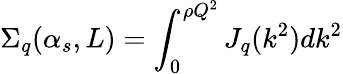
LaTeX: \Sigma_{q}(\alpha_{s},L)=\int_{0}^{\rho Q^{2}}J_{q}(k^{2})dk^{2}